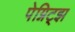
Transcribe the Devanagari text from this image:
पेग्निट्झ